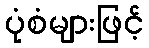
ပုံစံများဖြင့်